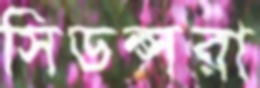
সিডন্সরা